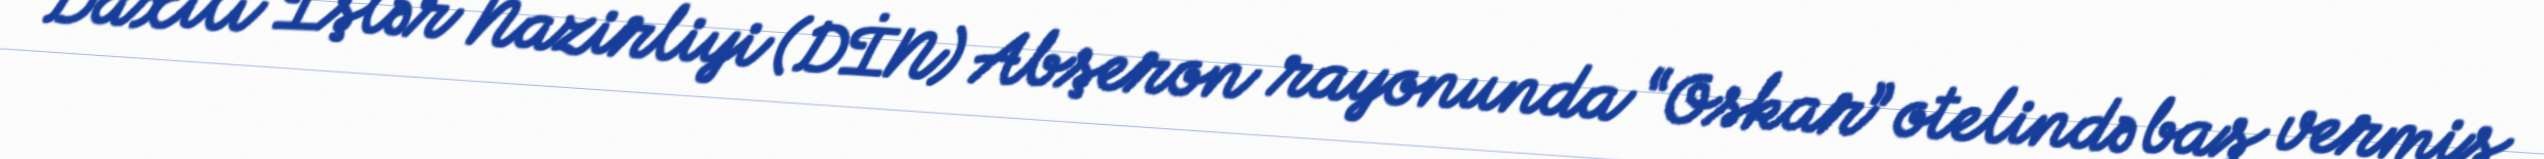
Daxili İşlər Nazirliyi (DİN) Abşeron rayonunda “Oskar” otelində baş vermiş